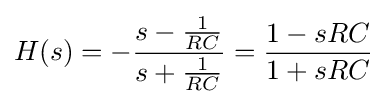
H(s)=-{\frac {s-{\frac {1}{RC}}}{s+{\frac {1}{RC}}}}={\frac {1-sRC}{1+sRC}}